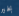
بخير